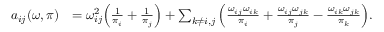
\begin{array} { r l } { a _ { i j } ( \omega , \pi ) } & { = \omega _ { i j } ^ { 2 } \Big ( \frac { 1 } { \pi _ { i } } + \frac { 1 } { \pi _ { j } } \Big ) + \sum _ { k \not = i , j } \Big ( \frac { \omega _ { i j } \omega _ { i k } } { \pi _ { i } } + \frac { \omega _ { i j } \omega _ { j k } } { \pi _ { j } } - \frac { \omega _ { i k } \omega _ { j k } } { \pi _ { k } } \Big ) . } \end{array}